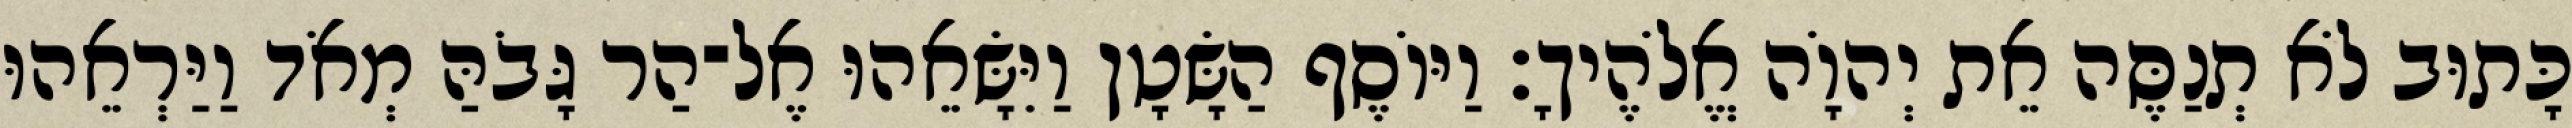
כָּתוּב לֹא תְנַסֶּה אֵת יְהוָֹה אֱלֹהֶיךָ׃ וַיּוֹסֶף הַשָּׂטָן וַיִּשָּׂאֵהוּ אֶל־הַר גָּבֹהַּ מְאֹד וַיַּרְאֵהוּ